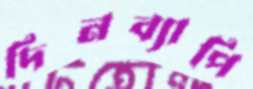
দিনব্যাপি